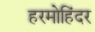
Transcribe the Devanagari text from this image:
हरमोहिंदर